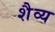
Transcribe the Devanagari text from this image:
शैव्य